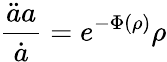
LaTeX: \frac{\ddot{a}a}{\dot{a}}=e^{-\Phi(\rho)}\rho